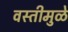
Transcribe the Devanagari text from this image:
वस्तीमुळे